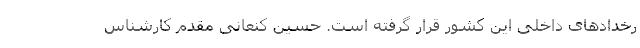
رخداد‌های داخلی این کشور قرار گرفته است. حسین کنعانی مقدم کارشناس